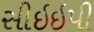
સીઇઇપી